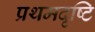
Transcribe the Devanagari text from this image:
प्रथमदृष्टि